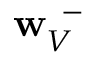
{ { \bf w } } _ { V } ^ { \, \, \, - }